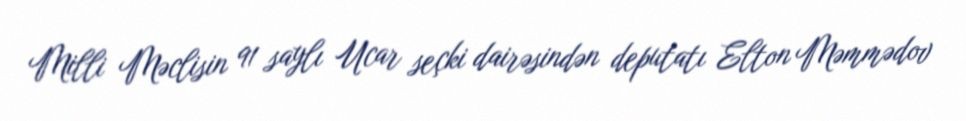
Milli Məclisin 91 saylı Ucar seçki dairəsindən deputatı Elton Məmmədov